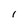
Character: l